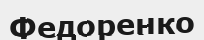
Федоренко